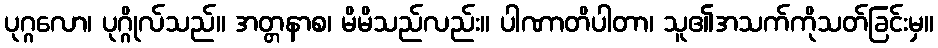
ပုဂ္ဂလော၊ ပုဂ္ဂိုလ်သည်။ အတ္တနာစ၊ မိမိသည်လည်း။ ပါဏာတိပါတာ၊ သူ၏အသက်ကိုသတ်ခြင်းမှ။